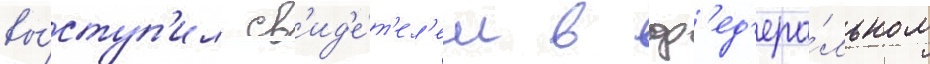
вы́ступ'ил св'ид'е́т'ел'ем в ф'ед'ера́льном